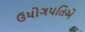
ઉધોગપતિએ